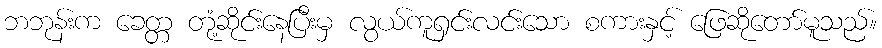
ဘဘုန်းက ခေတ္တ တုံ့ဆိုင်းနေပြီးမှ လွယ်ကူရှင်းလင်းသော စကားနှင့် ဖြေဆိုတော်မူသည်။